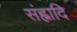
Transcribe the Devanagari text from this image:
संह्नादि